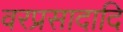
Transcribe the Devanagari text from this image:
वरप्रसादादि